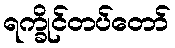
ရက္ခိုင်တပ်တော်